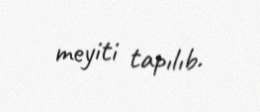
meyiti tapılıb.